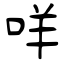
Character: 咩